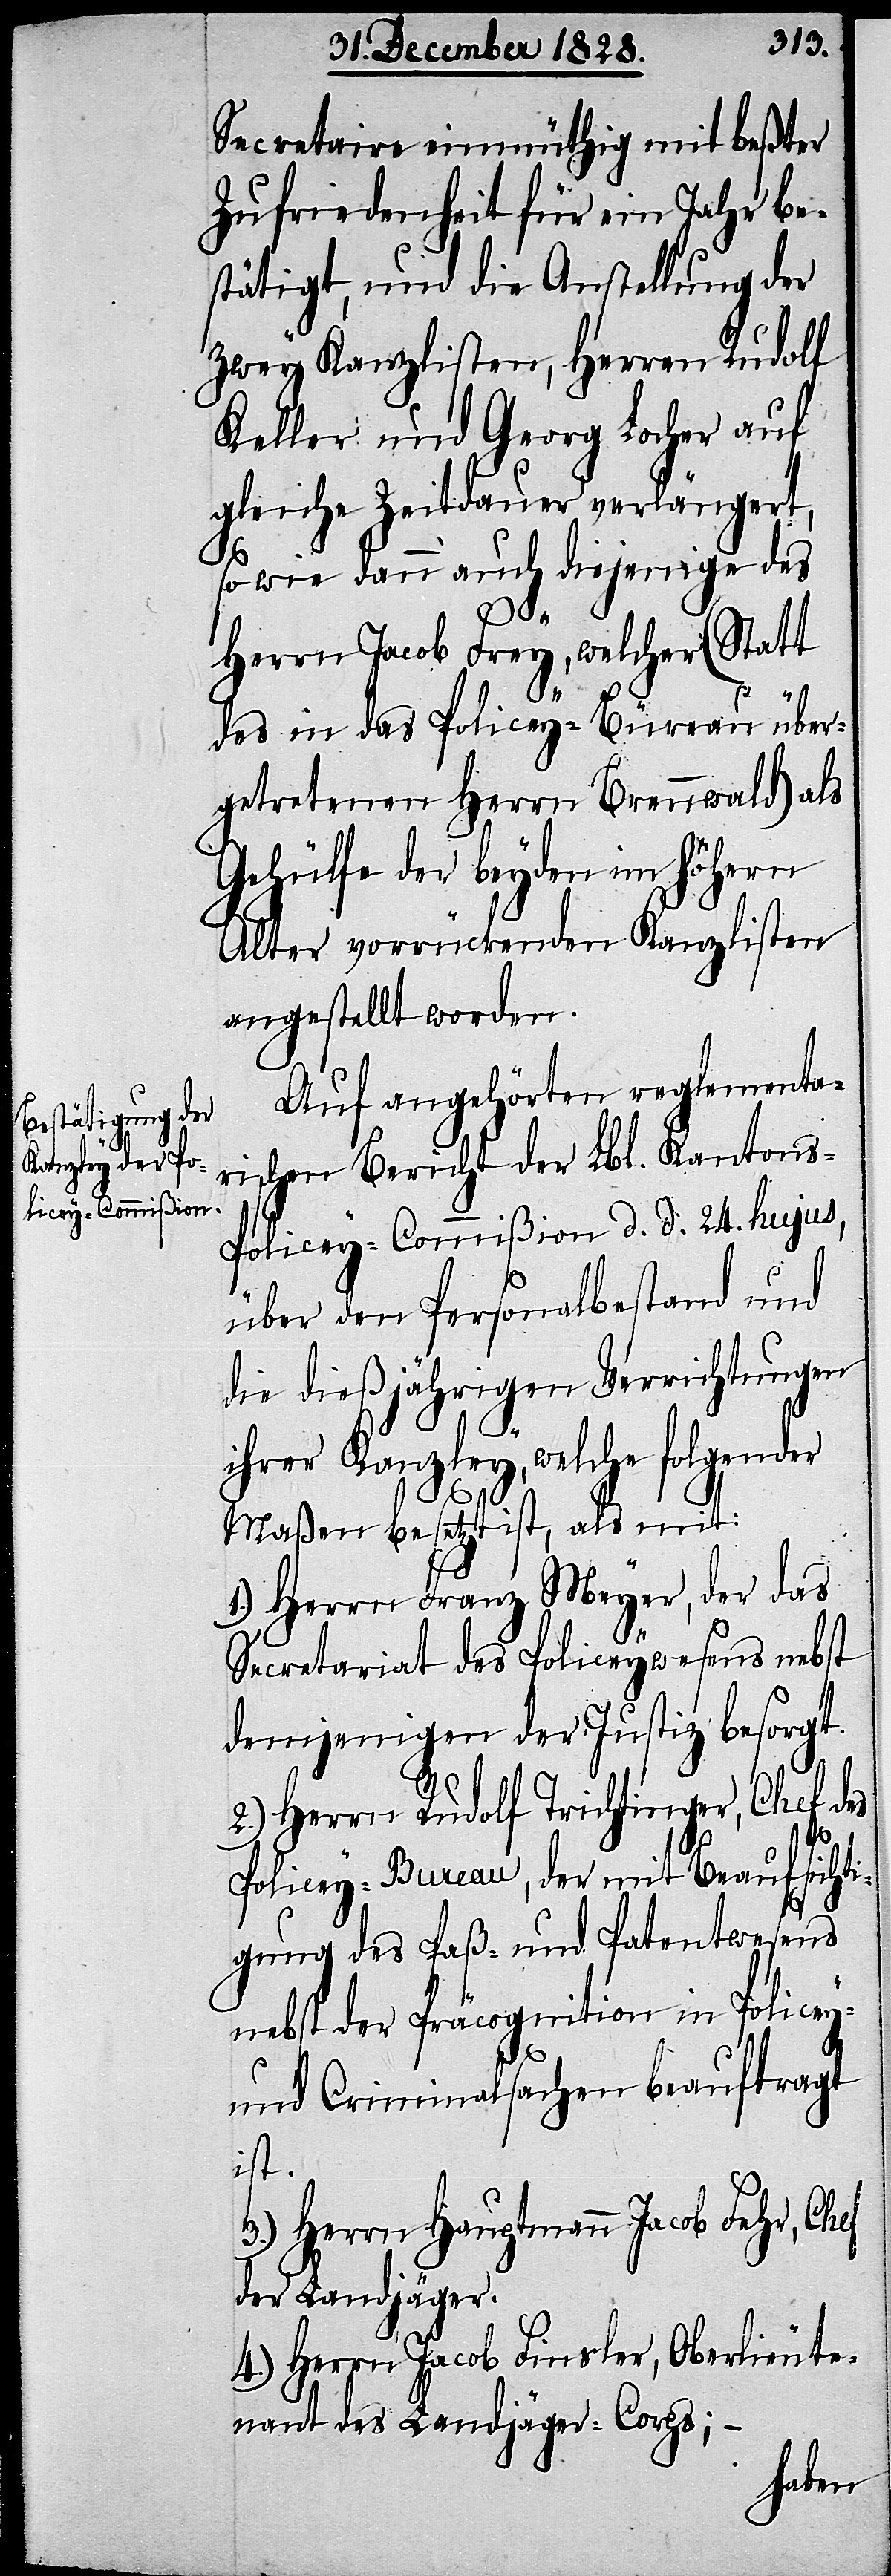
Secretaire einmüthig mit beßter
Zufriedenheit für ein Jahr be¬
stätigt, und die Anstellung der
zwey Kanzlisten, Herren Rudolf
Keller und Georg Locher auf
gleiche Zeitdauer verlängert,
so wie dann auch diejenige des
Herrn Jacob Frey, welcher (Statt
des in das Policey-Büreau über¬
getretenen Herrn Brennwald) als
Gehülfe der beyden im höhern
Alter vorrückenden Kanzlisten
angestellt worden.
Auf angehörten reglementa¬
rischen Bericht der Lbl. Kanton¬
s-Policey-Commißion d. d. 24. hujus,
über den Personalbestand und
die dießjährigen Verrichtungen
ihrer Kanzley, welche folgender
Maßen besetzt ist, als mit:
1.) Herrn Franz Meyer, der das
Secretariat des Policeywesens nebst
demjenigen der Justiz besorgt.
2.) Herrn Rudolf Trichtinger, Chef des
Policey-Bureau, der mit Beaufsichti¬
gung des Paß- und Patentwesens
nebst der Präcognition in Policey-
und Criminalsachen beauftragt
ist.
3.) Herrn Hauptmann Jacob Fehr, Chef
der Landjäger.
4.) Herrn Jacob Finsler, Oberlieute¬
nant des Landjäger-Corps; –